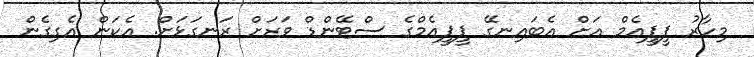
މިހާރު ޕީޕީއެމް އަށް އެބައިނގޭ ޕީޕީއެމްގެ ސްޓޭންޑް ވަރަށް ރަނގަޅަށް. އެކަން އެގިގެން